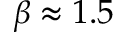
\beta \approx 1 . 5